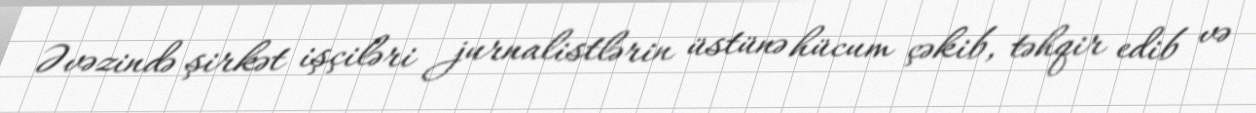
Əvəzində şirkət işçiləri jurnalistlərin üstünə hücum çəkib, təhqir edib və